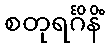
စတုရင်္ဂိနိံ